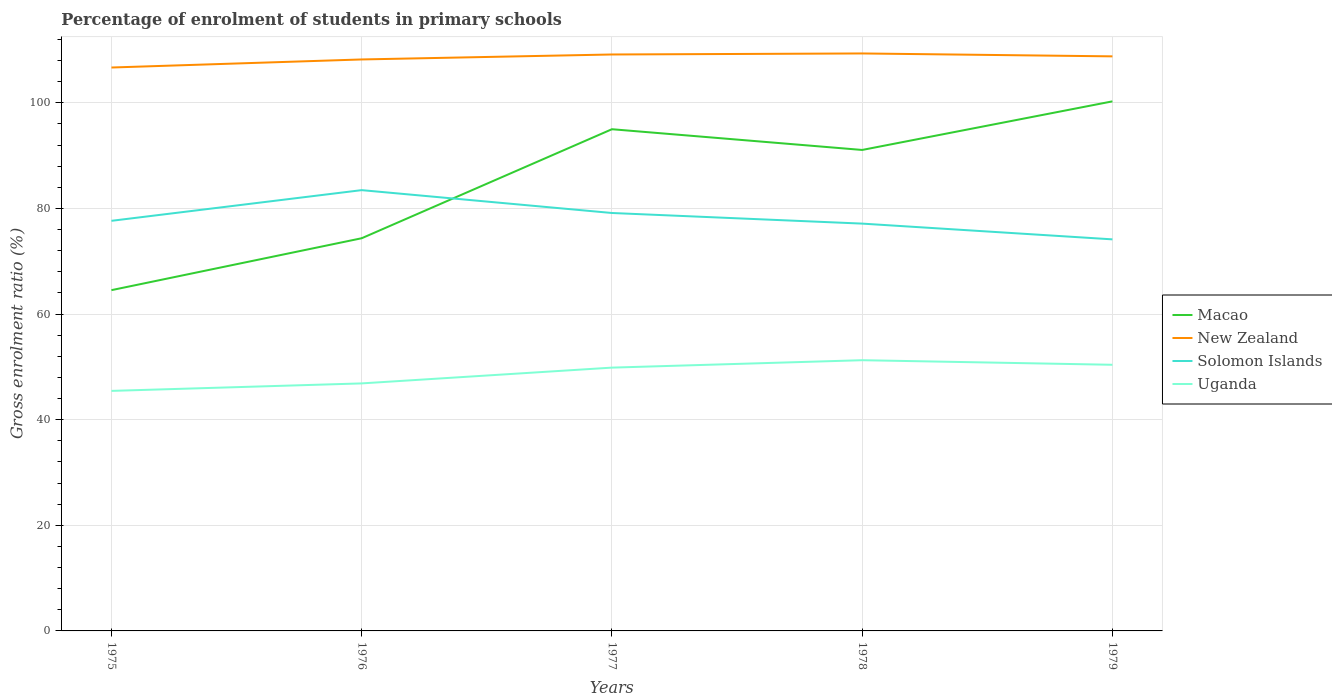
| Years | Macao | New Zealand | Solomon Islands | Uganda |
 | --- | --- | --- | --- | --- |
 | 1975 | 64.5 | 107 | 77.7 | 45.5 |
 | 1976 | 74.4 | 108 | 83.5 | 46.9 |
 | 1977 | 95 | 109 | 79.1 | 49.9 |
 | 1978 | 91.1 | 109 | 77.1 | 51.3 |
 | 1979 | 100 | 109 | 74.1 | 50.4 |